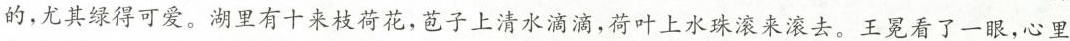
的，尤其绿得可爱。湖里有十来枝荷花，苞子上清水滴滴，荷叶上水珠滚 滚去。王冕看了一眼，心上